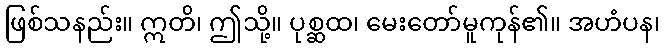
ဖြစ်သနည်း။ ဣတိ၊ ဤသို့။ ပုစ္ဆထ၊ မေးတော်မူကုန်၏။ အဟံပန၊